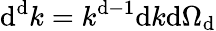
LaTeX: \mathrm{d}^{\mathrm{d}}k=k^{\mathrm{d}-1}\mathrm{d}k\mathrm{d}\Omega_{\mathrm{d}}